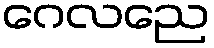
ဂေလညေ